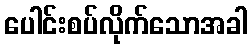
ပေါင်းစပ်လိုက်သောအခါ